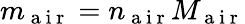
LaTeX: m_{\mathrm{~a~i~r~}}=n_{\mathrm{~a~i~r~}}M_{\mathrm{~a~i~r~}}